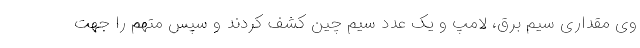
وی مقداری سیم برق، لامپ و یک عدد سیم چین کشف کردند و سپس متهم را جهت